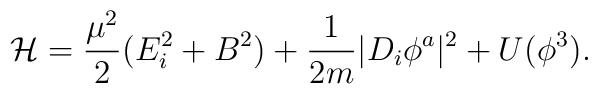
{\cal H}=\frac{\mu^2}{2} (E_i^2 + B^2 ) +\frac{1}{2m} |D_i \phi^a |^2 +U(\phi^3).